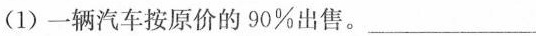
(1)一辆汽车按原价的90%出售。___